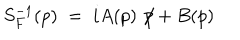
LaTeX: S _ { F } ^ { - 1 } ( p ) \; = \; i A ( p ) \not \! p + B ( p )